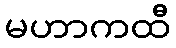
မဟာကထီ